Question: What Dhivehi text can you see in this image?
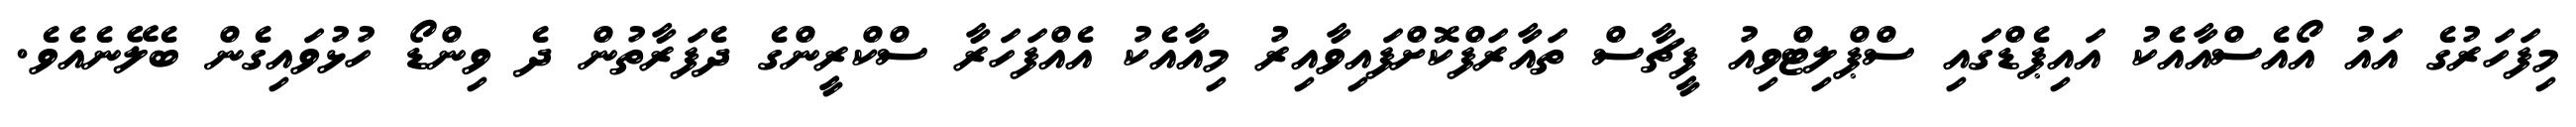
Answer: މިފަހަރުގެ އައު އޯއެސްއާއެކު އައިޕެޑްގައި ސްޕްލިޓްވިއު ފީޗާސް ތައާރަފްކޮށްފައިވާއިރު މިއާއެކު އެއްފަހަރާ ސްކްރީންގެ ދެފަރާތުން ދެ ވިންޑޯ ހުޅުވައިގެން ބެލޭނެއެވެ.